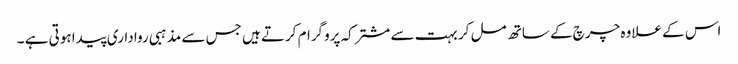
اس کے علاوہ چرچ کے ساتھ مل کر بہت سے مشترکہ پروگرام کرتے ہیں جس سے مذہبی رواداری پیدا ہوتی ہے ۔